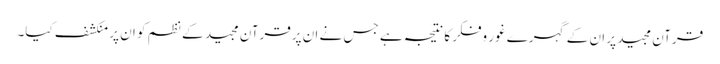
قرآن مجید پر ان کے گہرے غور وفکر کا نتیجہ ہے جس نے ان پرقرآن مجید کے نظم کو ان پر منکشف کیا۔